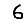
Digit: 6